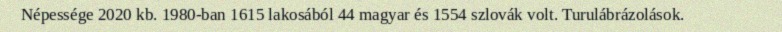
Népessége 2020 kb. 1980-ban 1615 lakosából 44 magyar és 1554 szlovák volt. Turulábrázolások.